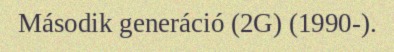
Második generáció (2G) (1990-).